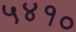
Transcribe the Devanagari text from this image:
५४१०